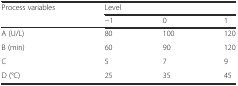
| <ROWSPAN=2> Process variables | <COLSPAN=3> Level |
 | −1 | 0 | 1 |
 | --- | --- | --- | --- |
 | A (U/L) | 80 | 100 | 120 |
 | B (min) | 60 | 90 | 120 |
 | C | 5 | 7 | 9 |
 | D (°C) | 25 | 35 | 45 |